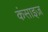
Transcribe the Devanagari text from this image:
कंसाइज़